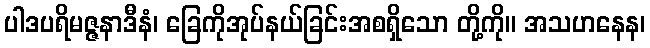
ပါဒပရိမဇ္ဇနာဒီနံ၊ ခြေကိုအုပ်နယ်ခြင်းအစရှိသော တို့ကို။ အသဟနေန၊